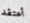
أعتقد